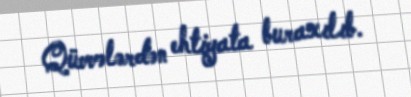
Qüvvələrdən ehtiyata buraxılıb.